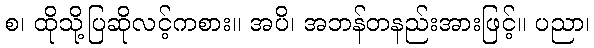
စ၊ ထိုသို့ပြဆိုလင့်ကစား။ အပိ၊ အဘန်တနည်းအားဖြင့်။ ပညာ၊